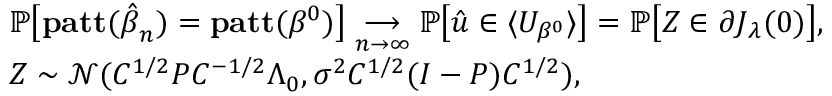
\begin{array} { r l } & { \mathbb { P } \big [ \mathbf { p a t t } ( \boldsymbol { \hat { \beta } } _ { n } ) = \mathbf { p a t t } ( \beta ^ { 0 } ) \big ] \underset { n \rightarrow \infty } { \longrightarrow } \mathbb { P } \big [ \boldsymbol { \hat { u } } \in \langle U _ { \beta ^ { 0 } } \rangle \big ] = \mathbb { P } \big [ Z \in \partial J _ { \boldsymbol { \lambda } } ( 0 ) \big ] , } \\ & { Z \sim \mathcal { N } ( C ^ { 1 / 2 } P C ^ { - 1 / 2 } \Lambda _ { 0 } , \sigma ^ { 2 } C ^ { 1 / 2 } ( I - P ) C ^ { 1 / 2 } ) , } \end{array}